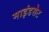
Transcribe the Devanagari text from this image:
माइंडसेट